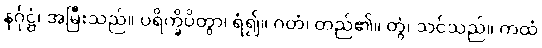
နင်္ဂုဋ္ဌံ၊ အမြီးသည်။ ပရိက္ခိပိတွာ၊ ရံ၍။ ဂတံ၊ တည်၏။ တွံ၊ သင်သည်။ ကထံ